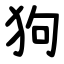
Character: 狗